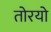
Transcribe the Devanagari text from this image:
तोरयो